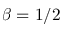
\beta = 1 / 2